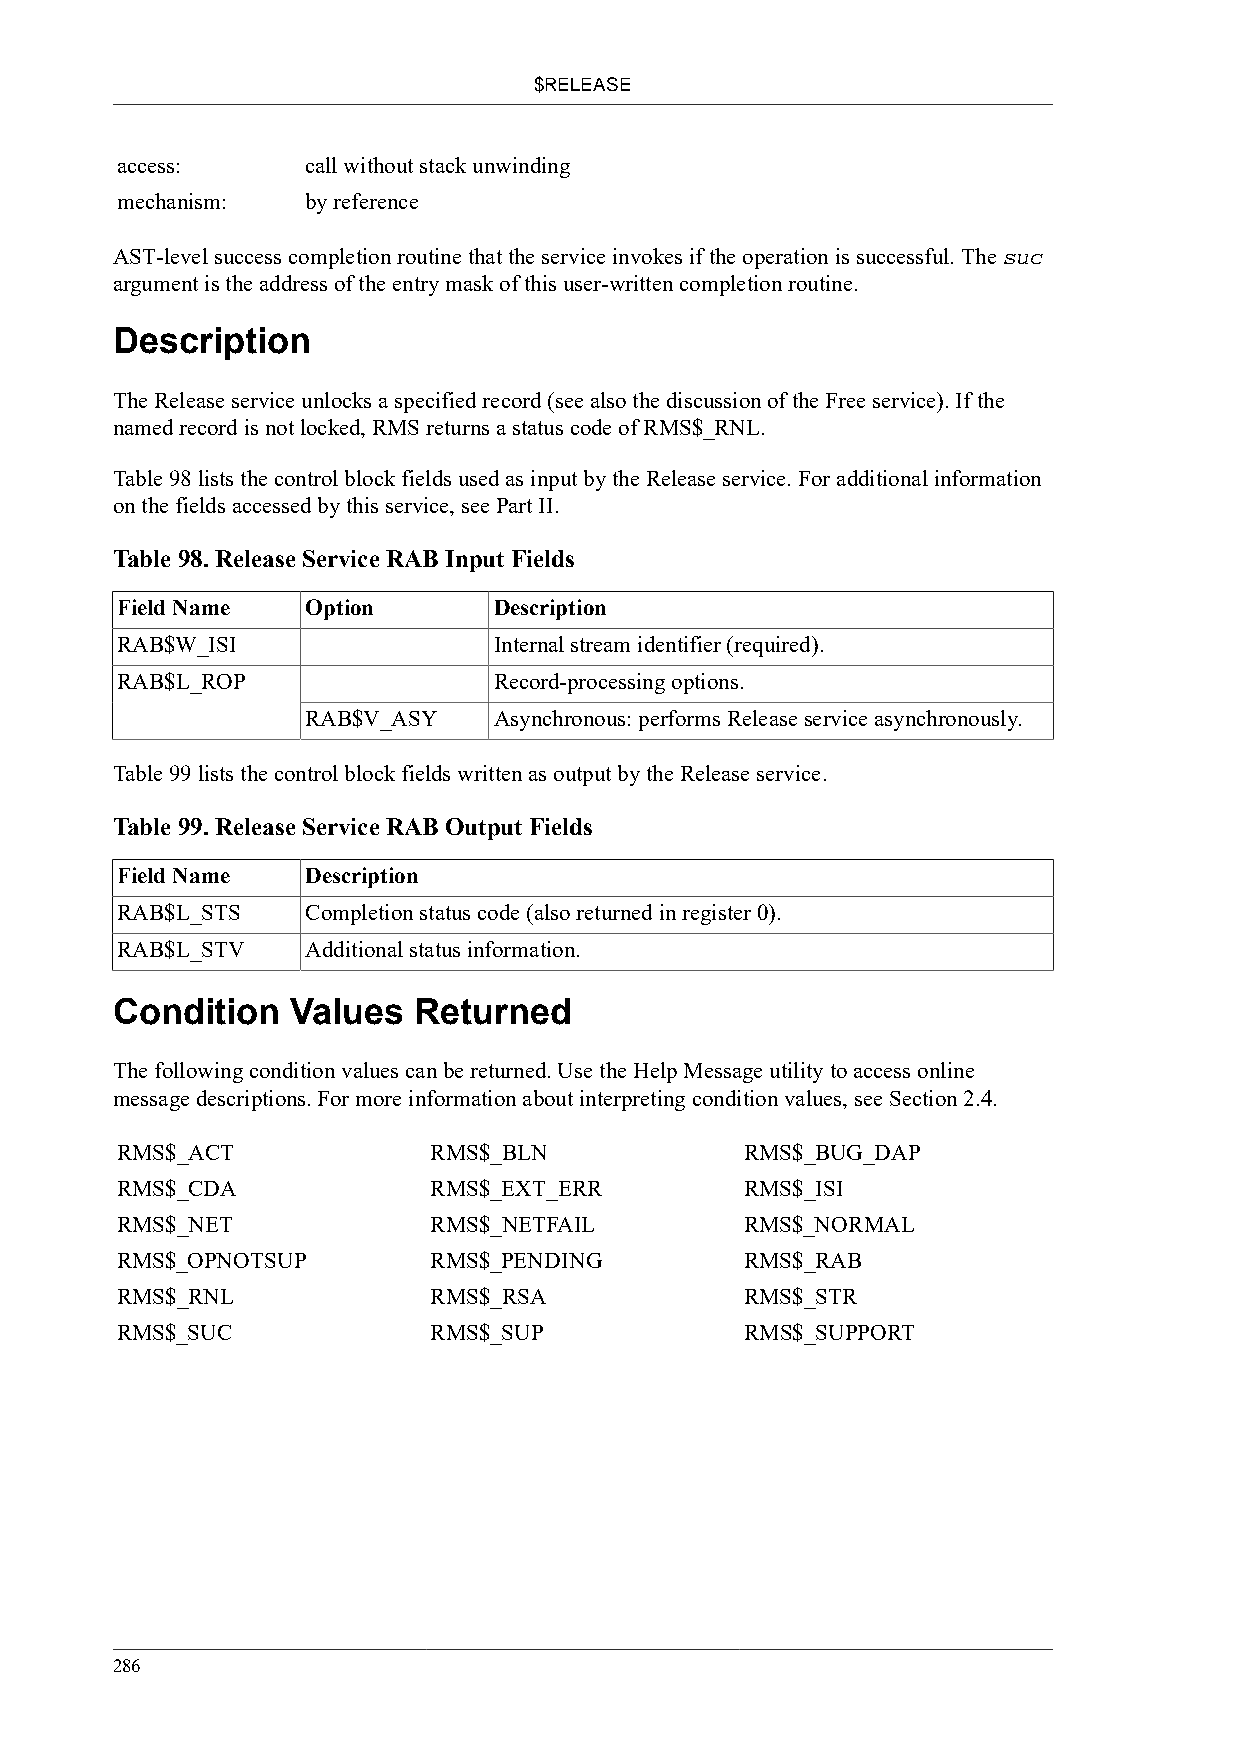
$RELEASE
 access:     call without stack unwinding
 mechanism:  by reference
 AST-level success completion routine that the service invokes if the operation is successful. The suc
 argument is the address of the entry mask of this user-written completion routine.
 Description
 The Release service unlocks a specified record (see also the discussion of the Free service). If the
 named record is not locked, RMS returns a status code of RMS$_RNL.
 Table 98 lists the control block fields used as input by the Release service. For additional information
 on the fields accessed by this service, see Part II.
 Table 98. Release Service RAB Input Fields
 Field Name  Option       Description
 RAB$W_ISI                Internal stream identifier (required).
 RAB$L_ROP                Record-processing options.
 RAB$V_ASY    Asynchronous: performs Release service asynchronously.
 Table 99 lists the control block fields written as output by the Release service.
 Table 99. Release Service RAB Output Fields
 Field Name  Description
 RAB$L_STS   Completion status code (also returned in register 0).
 RAB$L_STV   Additional status information.
 Condition   Values  Returned
 The following condition values can be returned. Use the Help Message utility to access online
 message descriptions. For more information about interpreting condition values, see Section 2.4.
 RMS$_ACT            RMS$_BLN             RMS$_BUG_DAP
 RMS$_CDA            RMS$_EXT_ERR         RMS$_ISI
 RMS$_NET            RMS$_NETFAIL         RMS$_NORMAL
 RMS$_OPNOTSUP       RMS$_PENDING         RMS$_RAB
 RMS$_RNL            RMS$_RSA             RMS$_STR
 RMS$_SUC            RMS$_SUP             RMS$_SUPPORT
 286